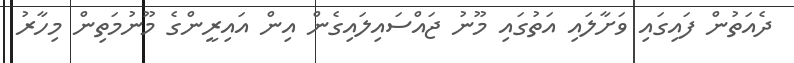
ދެއަތުން ފައިގައި ވަށާލައި އަތުގައި މޫނު ޖައްސައިލައިގެން އިން އައިރީންގެ މޫނުމަތިން މިހާރު